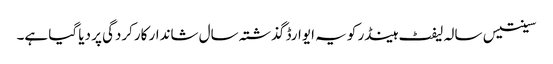
سینتیس سالہ لیفٹ ہینڈر کو یہ ایوارڈ گذشتہ سال شاندار کارکردگی پر دیا گیا ہے۔